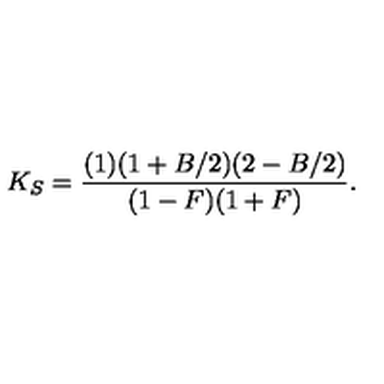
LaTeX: K _ { S } = \frac { ( 1 ) ( 1 + B / 2 ) ( 2 - B / 2 ) } { ( 1 - F ) ( 1 + F ) } .